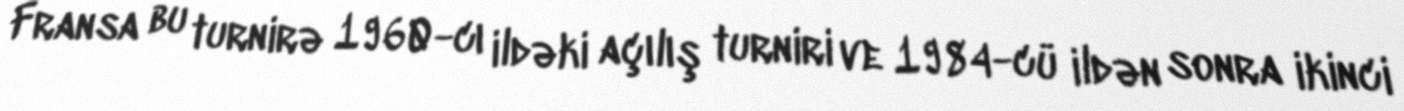
Fransa bu turnirə 1960-cı ildəki açılış turniri ve 1984-cü ildən sonra ikinci